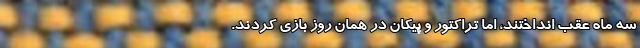
سه ماه عقب انداختند، اما تراکتور و پیکان در همان روز بازی کردند.